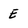
Character: E